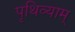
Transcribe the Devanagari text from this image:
पृथिव्याम्